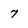
Character: 7